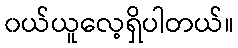
၀ယ်ယူလေ့ရှိပါတယ်။